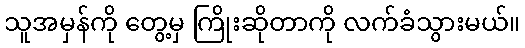
သူအမှန်ကို တွေ့မှ ကြိုးဆိုတာကို လက်ခံသွားမယ်။